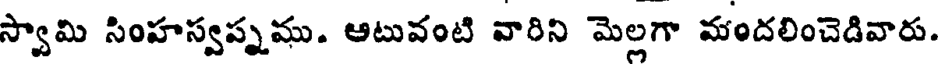
స్వామి సింహస్వప్నము. ఆటువంటి వారిని మెల్లగా మందలించెడివారు.